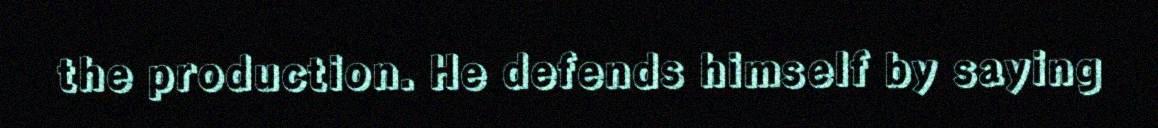
the production. He defends himself by saying